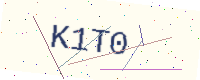
Text: K1T0